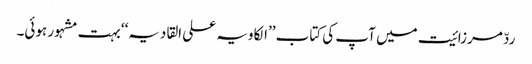
ردّ مرزائیت میں آپ کی کتاب ’’الکاویہ علی القادیہ‘‘ بہت مشہور ہوئی۔